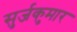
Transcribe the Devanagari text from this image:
सुर्जकुमार